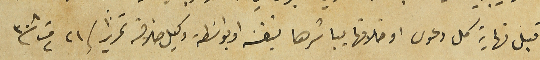
قبل نهاية كل دعوى او خلافها يباشرها بنفسَه او بواسَطة وكيل خلافه تحريراً / ٢١ ت٢ سنة ٣٠٨